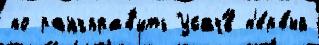
по рангправ'ить Усач́в п'е́рвый